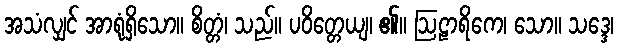
အသံလျှင် အာရုံရှိသော။ စိတ္တံ၊ သည်။ ပဝိတ္တေယျ၊ ၏။ ဩဠာရိကေ၊ သော။ သဒ္ဒေ၊